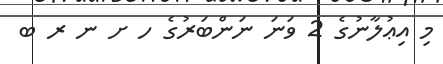
މި އިޢުލާނުގެ 2 ވަނަ ނަންބަރުގެ ހ ށ ނ ރ ބ